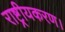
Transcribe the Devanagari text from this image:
राष्ट्रीयकरण।